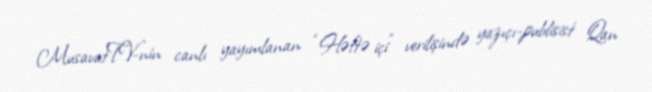
MusavatTV-nin canlı yayımlanan “Həftə içi” verilişində yazıçı-publisist Qan